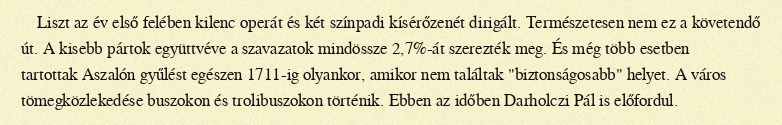
Liszt az év első felében kilenc operát és két színpadi kísérőzenét dirigált. Természetesen nem ez a követendő út. A kisebb pártok együttvéve a szavazatok mindössze 2,7%-át szerezték meg. És még több esetben tartottak Aszalón gyűlést egészen 1711-ig olyankor, amikor nem találtak "biztonságosabb" helyet. A város tömegközlekedése buszokon és trolibuszokon történik. Ebben az időben Darholczi Pál is előfordul.